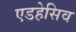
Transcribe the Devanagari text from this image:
एडहेसिव